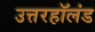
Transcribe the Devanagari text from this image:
उत्तरहॉलंड